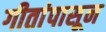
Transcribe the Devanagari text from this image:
गीतांपासून